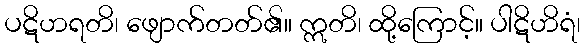
ပဋိဟရတိ၊ ဖျောက်တတ်၏။ ဣတိ၊ ထို့ကြောင့်။ ပါဋိဟိရံ၊